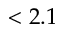
< 2 . 1